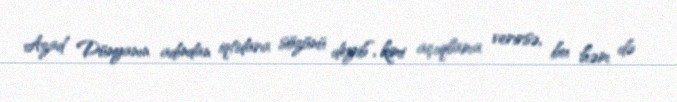
Azad Dünyanın adından iqtidara sözünü deyib”, kimi açıqlama verirsə, bu həm də